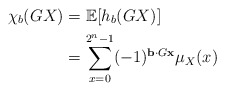
\begin{align*}\chi_b(GX)& = \mathbb{E}[h_b(GX)]\\& = \sum_{x=0}^{2^n-1} (-1)^{\mathbf{b}\cdot G\mathbf{x}} \mu_X(x)\end{align*}